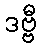
ဒဗ္ဗီ